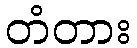
တံတား